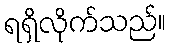
ရရှိလိုက်သည်။